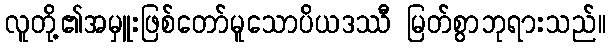
လူတို့၏အမှူးဖြစ်တော်မူသောပိယဒဿီ မြတ်စွာဘုရားသည်။